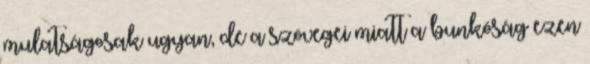
mulatságosak ugyan, de a szövegei miatt a bunkóság ezen